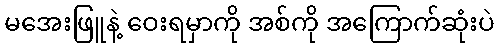
မအေးဖြူနဲ့ ဝေးရမှာကို အစ်ကို အကြောက်ဆုံးပဲ